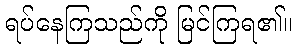
ရပ်နေကြသည်ကို မြင်ကြရ၏။